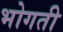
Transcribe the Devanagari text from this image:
भोगती